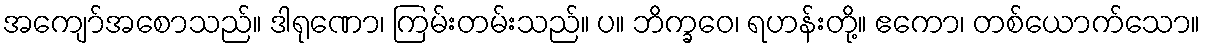
အကျော်အစောသည်။ ဒါရုဏော၊ ကြမ်းတမ်းသည်။ ပ။ ဘိက္ခဝေ၊ ရဟန်းတို့။ ဧကော၊ တစ်ယောက်သော။